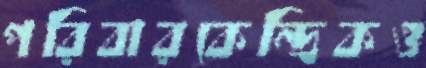
পরিবারকেন্দ্রিকও